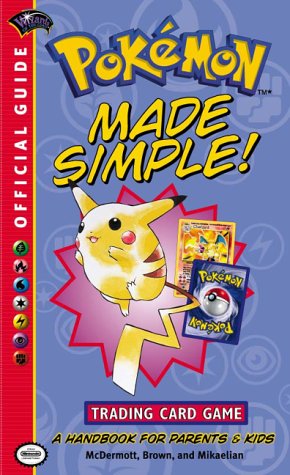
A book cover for Pokemon Made Simple (Official Pokemon Guides); Wizards Of The Coast; Science Fiction & Fantasy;